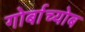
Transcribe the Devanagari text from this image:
गोर्बाच्योब